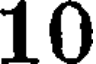
10